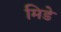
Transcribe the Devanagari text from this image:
मिडे